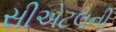
સીએટલની